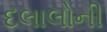
દલાલોની